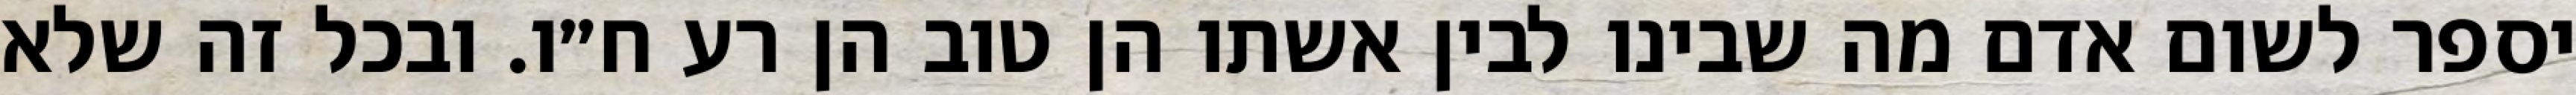
יספר לשום אדם מה שבינו לבין אשתו הן טוב הן רע ח״ו. ובכל זה שלא